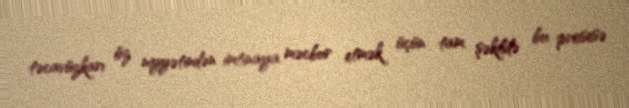
təcavüzkarı öz niyyətindən imtinaya məcbur etmək üçün tam şəkildə bu prosesə